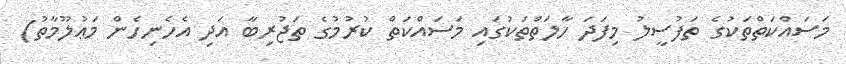
މަސައްކަތްތަކުގެ ތަފުސީލު މިފަދަ ހާލަތްތަކުގައި މަސައްކަތް ކުރުމުގެ ތަޖުރިބާ އަދި އެހެނިހެން މަޢުލޫމާތު)